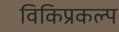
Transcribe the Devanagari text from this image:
विकिप्रकल्प